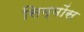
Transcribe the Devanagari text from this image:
सिम्मोंस